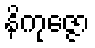
နိကုဇ္ဇော